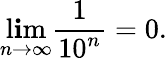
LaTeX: \operatorname*{l\mathbf{i}m}_{n\rightarrow\infty}{\frac{{1}}{{10^{n}}}}=0.